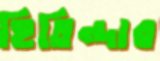
হিতিন্দার